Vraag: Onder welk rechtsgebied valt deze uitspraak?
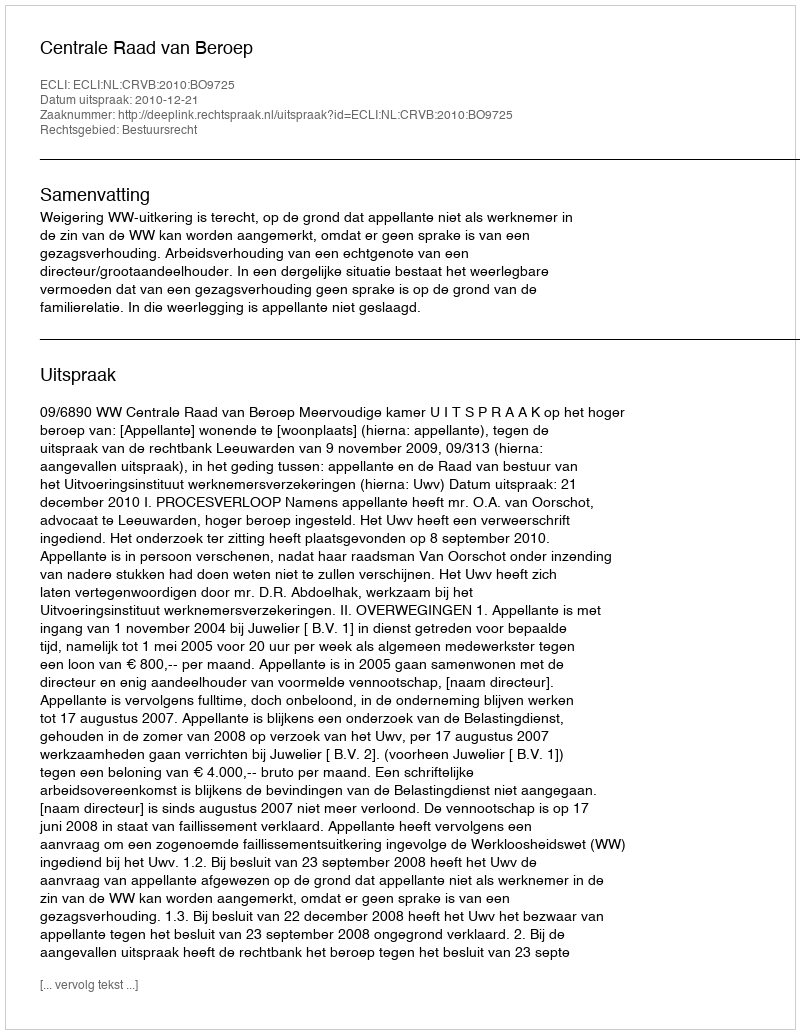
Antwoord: Bestuursrecht